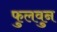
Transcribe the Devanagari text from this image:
फुलवुन